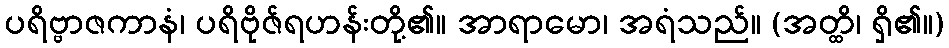
ပရိဗ္ဗာဇကာနံ၊ ပရိဗိုဇ်ရဟန်းတို့၏။ အာရာမော၊ အရံသည်။ (အတ္ထိ၊ ရှိ၏။)